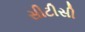
સીટીસી